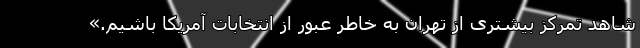
شاهد تمرکز بیشتری از تهران به خاطر عبور از انتخابات آمریکا باشیم.»